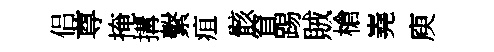
侣尊掩搆繫疽骸窅踢賊槍嶤庾